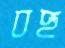
বহু